Scottish Leaving Certificate Examination, 1956
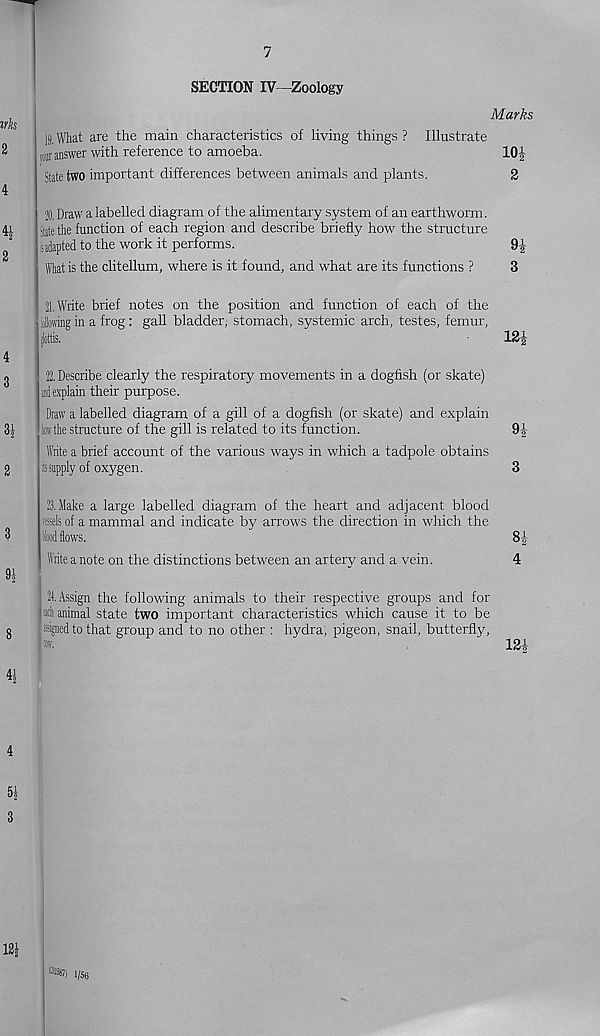
7
SECTION IV—Zoology
Marks
19. What are the main characteristics of living things ? Illustrate
tour answer with reference to amoeba.
10£
State two important differences between animals and plants.
2
J Draw a labelled diagram of the alimentary system of an earthworm.
Slate the function of each region and describe briefly how the structure
j;adapted to the work it performs.
9-J
What is the clitellum, where is it found, and what are its functions ?
3
21, Write brief notes on the position and function of each of the
slowing in a frog: gall bladder; stomach, systemic arch, testes, femur,
jlottis.
12J
22. Describe clearly the respiratory movements in a dogfish (or skate)
i«d explain their purpose.
Draw a labelled diagram of a gill of a dogfish (or skate) and explain
tar the structure of the gill is related to its function.
9|
Write a brief account of the various ways in which a tadpole obtains
i t s supply of oxygen.
3
3. Make a large labelled diagram of the heart and adjacent blood
isds of a mammal and indicate by arrows the direction in which the
Hood flows.
8-|-
Write a note on the distinctions between an artery and a vein.
4
21. Assign the following animals to their respective groups and for
acli animal state two important characteristics which cause it to be
signed to that group and to no other : hydra, pigeon, snail, butterfly,
K®) l/5 6